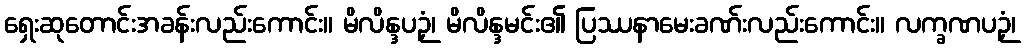
ရှေးဆုတောင်းအခန်းလည်းကောင်း။ မိလိန္ဒပဉှံ၊ မိလိန္ဒမင်း၏ ပြဿနာမေးခဏ်းလည်းကောင်း။ လက္ခဏပဉှံ၊